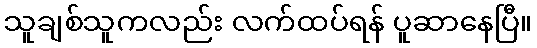
သူချစ်သူကလည်း လက်ထပ်ရန် ပူဆာနေပြီ။